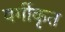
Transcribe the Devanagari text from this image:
वर्गीकृत